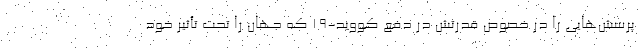
پرسش‌هایی را در خصوص قدرتش در دفع کووید-۱۹ که جهان را تحت تأثیر خود